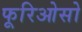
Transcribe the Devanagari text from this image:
फूरिओसो